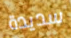
سديدة